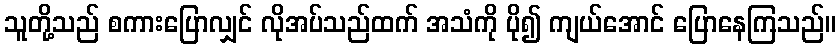
သူတို့သည် စကားပြောလျှင် လိုအပ်သည်ထက် အသံကို ပို၍ ကျယ်အောင် ပြောနေကြသည်။